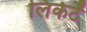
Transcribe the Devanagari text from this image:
लिकर्टं